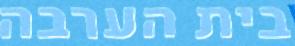
בית הערבה